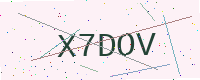
Text: X7DOV